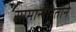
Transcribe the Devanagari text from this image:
सामान्यरितीने